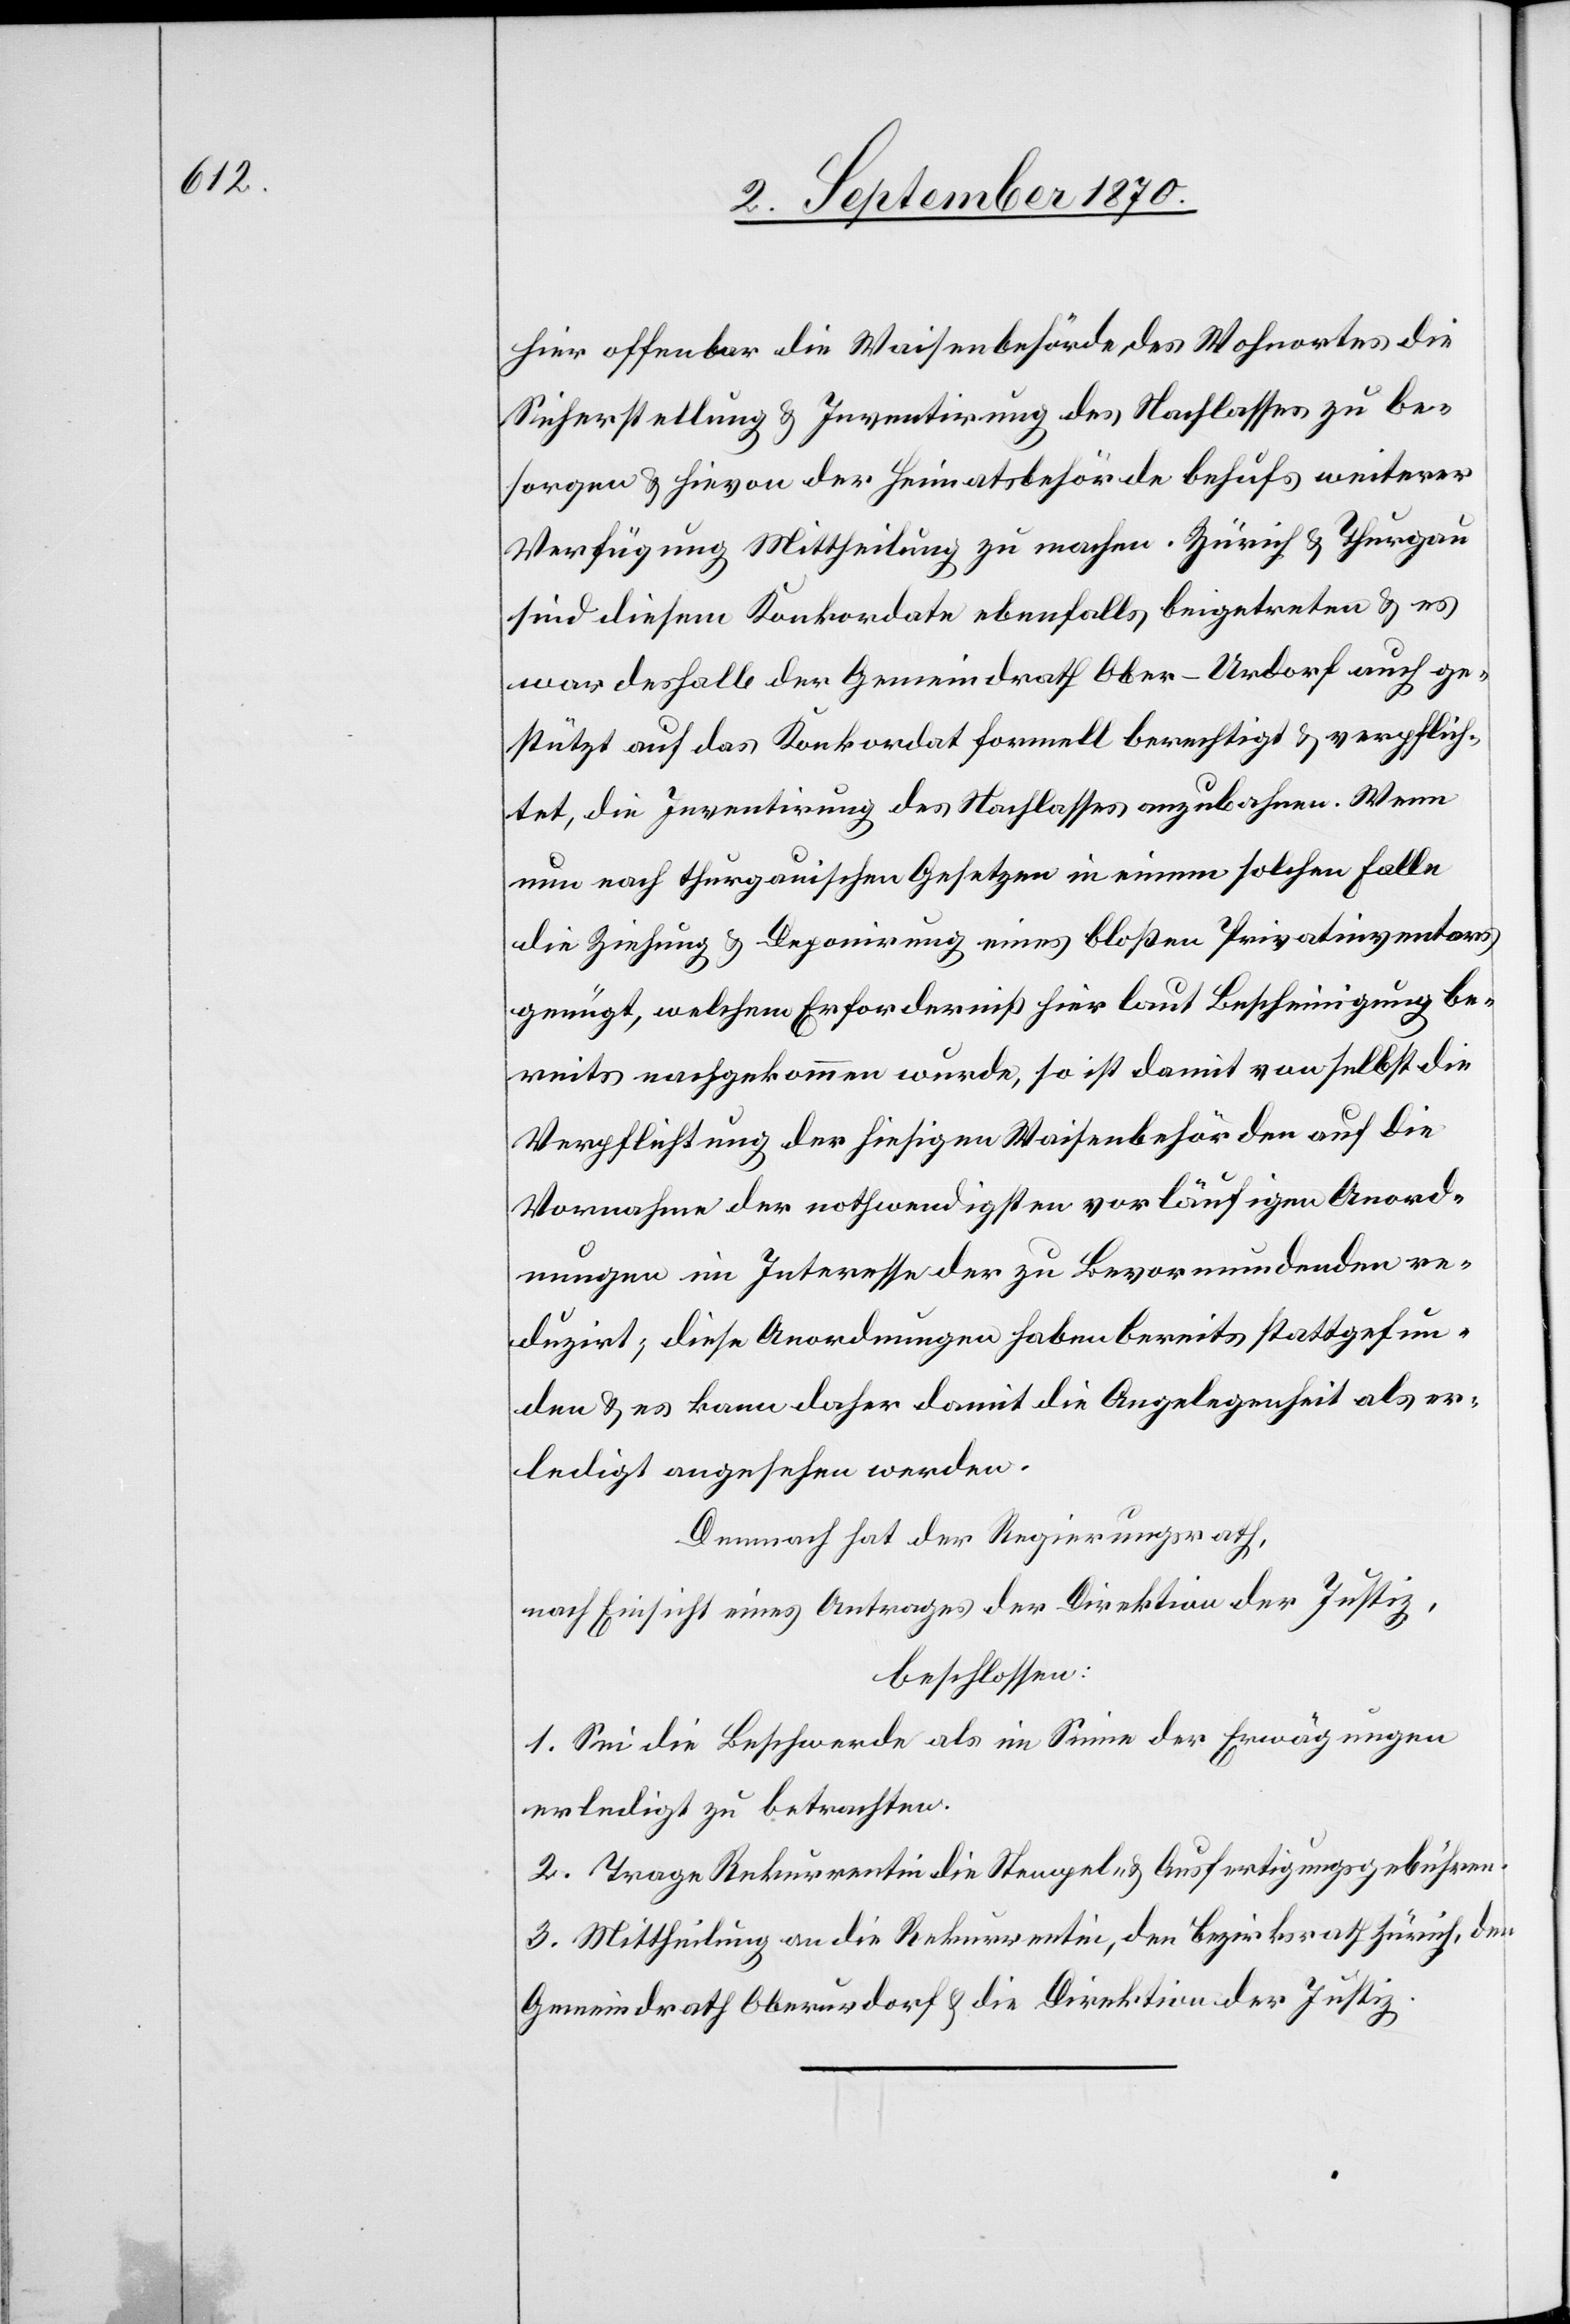
hier offenbar die Waisenbehörde des Wohnortes die
Sicherstellung & Inventirung des Nachlasses zu be¬
sorgen & hievon der Heimatsbehörde behufs weiterer
Verfügung Mittheilung zu machen. Zürich & Thurgau
sin diesem Konkordate ebenfalls beigetreten & es
war deshalb der Gemeindrath Ober-Urdorf auch ge¬
stützt auf das Konkordat formell berechtigt & verpflich¬
tet, die Inventirung des Nachlasses anzubahnen. Wenn
nun nach thurgauischen Gesetzes in einem solchen Falle
die Ziehung & Deponirung eines bloßen Privatinventars
genügt, welchem Erforderniß hier laut Bescheinigung be¬
reits nachgekommen wurde, so ist damit von selbst die
Verpflichtung der hiesigen Waisenbehörde auf die
Vornahme der nothwendigsten vorläufigen Anord¬
nungen im Interesse der zu Bevormundenden re¬
duzirt; diese Anordnungen haben bereits stattgefun¬
den & es kann daher damit die Angelegenheit als er¬
ledigt angesehen werden.
Demnach hat der Regierungsrath,
nach Einsicht eines Antrages der Direktion der Justiz,
beschlossen:
1. Sei die Beschwerde als im Sinne der Erwägungen
erledigt zu betrachten.
2. Trage Rekurrentin die Stempel- & Ausfertigungsgebühren.
3. Mittheilung an die Rekurrentin, den Bezirksrath Zürich, den
Gemeindrath Oberurdorf & die Direktion der Justiz.